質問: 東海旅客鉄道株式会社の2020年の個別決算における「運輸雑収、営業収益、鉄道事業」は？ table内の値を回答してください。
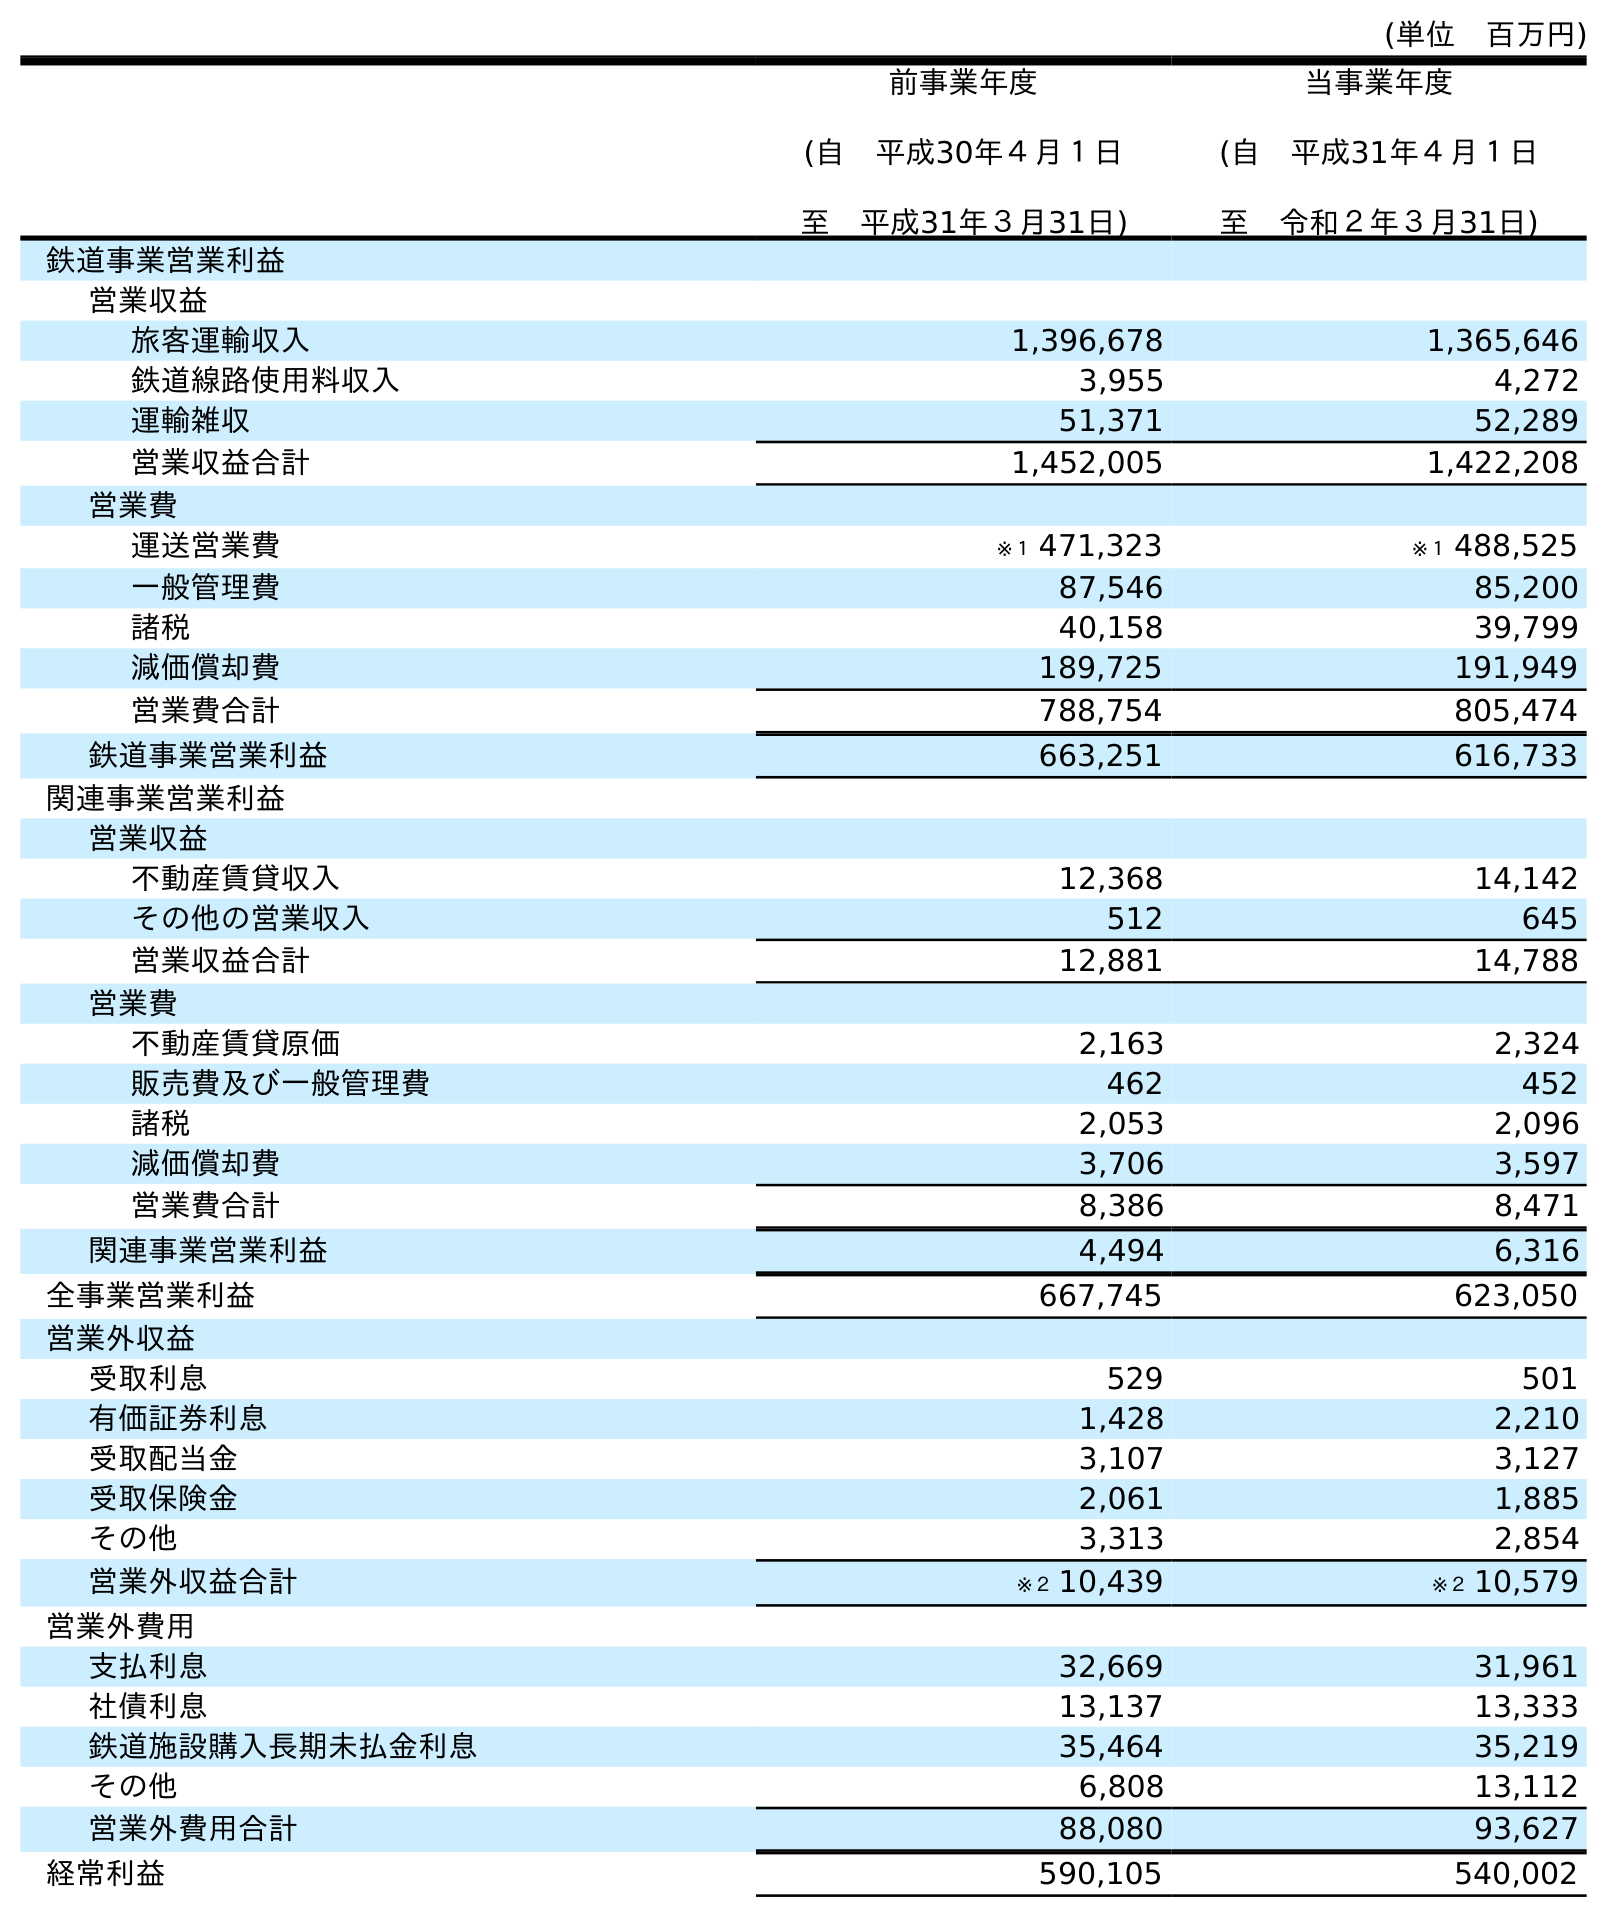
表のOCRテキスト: (単位 百万円) 前事業年度 (自 平成30年４月１日 至 平成31年３月31日) 当事業年度 (自 平成31年４月１日 至 令和２年３月31日) 鉄道事業営業利益 営業収益 旅客運輸収入 1,396,678 1,365,646 鉄道線路使用料収入 3,955 4,272 運輸雑収 51,371 52,289 営業収益合計 1,452,005 1,422,208 営業費 運送営業費 ※１ 471,323 ※１ 488,525 一般管理費 87,546 85,200 諸税 40,158 39,799 減価償却費 189,725 191,949 営業費合計 788,754 805,474 鉄道事業営業利益 663,251 616,733 関連事業営業利益 営業収益 不動産賃貸収入 12,368 14,142 その他の営業収入 512 645 営業収益合計 12,881 14,788 営業費 不動産賃貸原価 2,163 2,324 販売費及び一般管理費 462 452 諸税 2,053 2,096 減価償却費 3,706 3,597 営業費合計 8,386 8,471 関連事業営業利益 4,494 6,316 全事業営業利益 667,745 623,050 営業外収益 受取利息 529 501 有価証券利息 1,428 2,210 受取配当金 3,107 3,127 受取保険金 2,061 1,885 その他 3,313 2,854 営業外収益合計 ※２ 10,439 ※２ 10,579 営業外費用 支払利息 32,669 31,961 社債利息 13,137 13,333 鉄道施設購入長期未払金利息 35,464 35,219 その他 6,808 13,112 営業外費用合計 88,080 93,627 経常利益 590,105 540,002
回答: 52,289